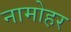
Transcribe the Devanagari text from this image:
नामोहर